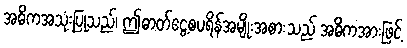
အဓိကအသုံးပြုသည်၊ ဤဓာတ်ငွေ့စပရိန်အမျိုးအစားသည် အဓိကအားဖြင့်